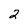
Character: 2